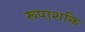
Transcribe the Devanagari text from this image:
रूपाशक्ति